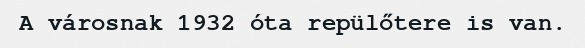
A városnak 1932 óta repülőtere is van.